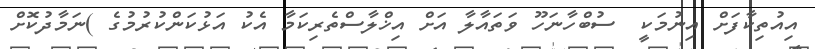
އިއުތިކާފަށް އިނުމަކީ  ސުބްހާނަހޫ ވަތައާލާ އަށް އިޚްލާސްތެރިކަމާ އެކު އަޅުކަންކުރުމުގެ )ނަމާދުކޮށް